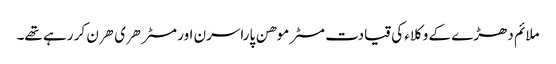
ملائم دھڑے کے وکلاء کی قیادت مسٹر موهن پاراسرن اور مسٹر هری هرن کر رہے تھے۔